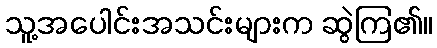
သူ့အပေါင်းအသင်းများက ဆွဲကြ၏။